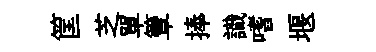
筐芝單簟捧識嗜堰